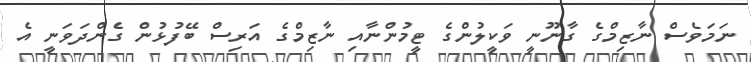
ނަމަވެސް ނާޒިމްގެ ގާނޫނީ ވަކީލުންގެ ޓީމުންނާއި ނާޒިމްގެ އަރިސް ބޭފުޅުން ގެންދަވަނީ އެ